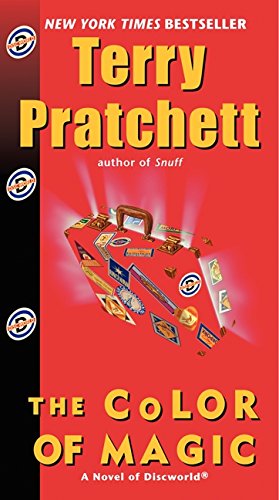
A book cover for The Color of Magic (Discworld); Terry Pratchett; Science Fiction & Fantasy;